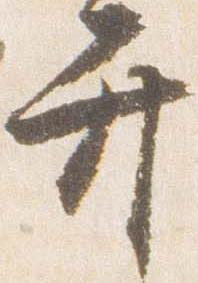
弁